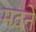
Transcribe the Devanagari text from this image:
मदने